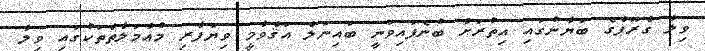
ވިލާ ގްރޫޕްގެ ބަޔާނުގައި އިތުރަށް ބުނެފައިވަނީ ބައިނަލް އަޤްވާމީ ވިޔަފާރި މުޢާމަލާތްތަކުގައި ވިލާ